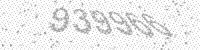
Solution: 939966